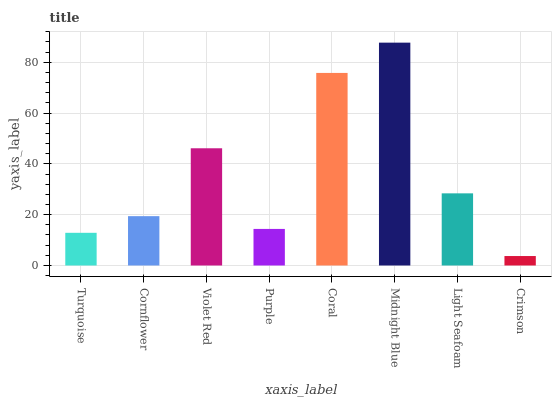
| xaxis_label | bars |
 | --- | --- |
 | Turquoise | 12.9 |
 | Cornflower | 19.4 |
 | Violet Red | 46.1 |
 | Purple | 14.4 |
 | Coral | 75.8 |
 | Midnight Blue | 87.7 |
 | Light Seafoam | 28.4 |
 | Crimson | 3.72 |